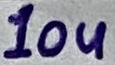
Text: 10u